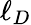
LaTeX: \ell_{D}